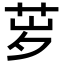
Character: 𬜨